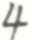
4